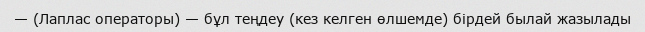
— (Лаплас операторы) — бұл теңдеу (кез келген өлшемде) бірдей былай жазылады